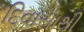
દિવાસાથી